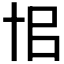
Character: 𠦗